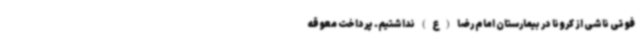
فوتی ناشی از کرونا در بیمارستان امام رضا (ع) نداشتیم. پرداخت معوقه